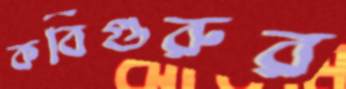
কবিগুরুর